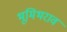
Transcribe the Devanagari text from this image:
भूमिभराव